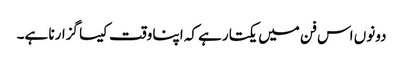
دونوں اس فن میں یکتا رہے کہ اپنا وقت کیسا گزارنا ہے۔